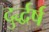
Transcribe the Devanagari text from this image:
दुर्द्धर्ष